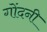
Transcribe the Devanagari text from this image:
गोंदनी